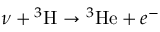
\nu + { } ^ { 3 } \mathrm { H } \rightarrow { } ^ { 3 } \mathrm { H e } + e ^ { - }